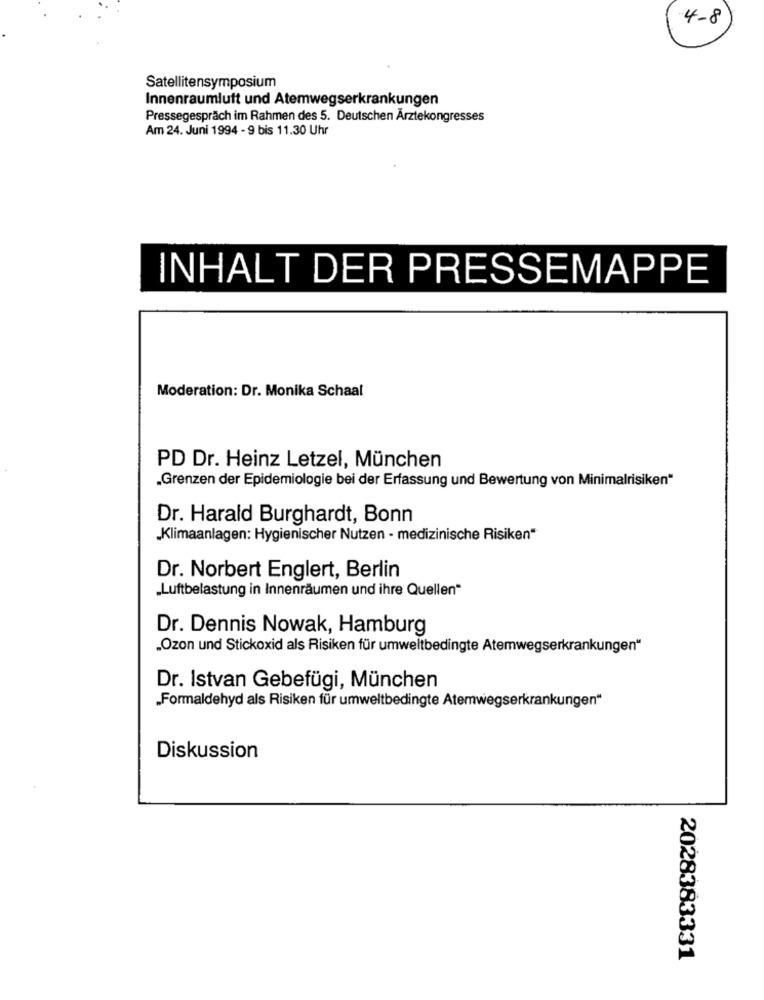
4-8
Satellitensymposium
Innenraumluft und Atemwegserkrankungen
Pressegespräch im Rahmen des 5. Deutschen Ärztekongresses
Am 24. Juni 1994 - 9 bis 11.30 Uhr
INHALT DER PRESSEMAPPE
Moderation: Dr. Monika Schaal
PD Dr. Heinz Letzel, München
„Grenzen der Epidemiologie bei der Erfassung und Bewertung von Minimalrisiken“
Dr. Harald Burghardt, Bonn
„Klimaanlagen: Hygienischer Nutzen - medizinische Risiken“
Dr. Norbert Englert, Berlin
„Luftbelastung in Innenräumen und ihre Quellen“
Dr. Dennis Nowak, Hamburg
„Ozon und Stickoxid als Risiken für umweltbedingte Atemwegserkrankungen“
Dr. Istvan Gebefügi, München
„Formaldehyd als Risiken für umweltbedingte Atemwegserkrankungen“
Diskussion
2028383331